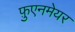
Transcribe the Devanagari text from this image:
फ़ुएनमेयर